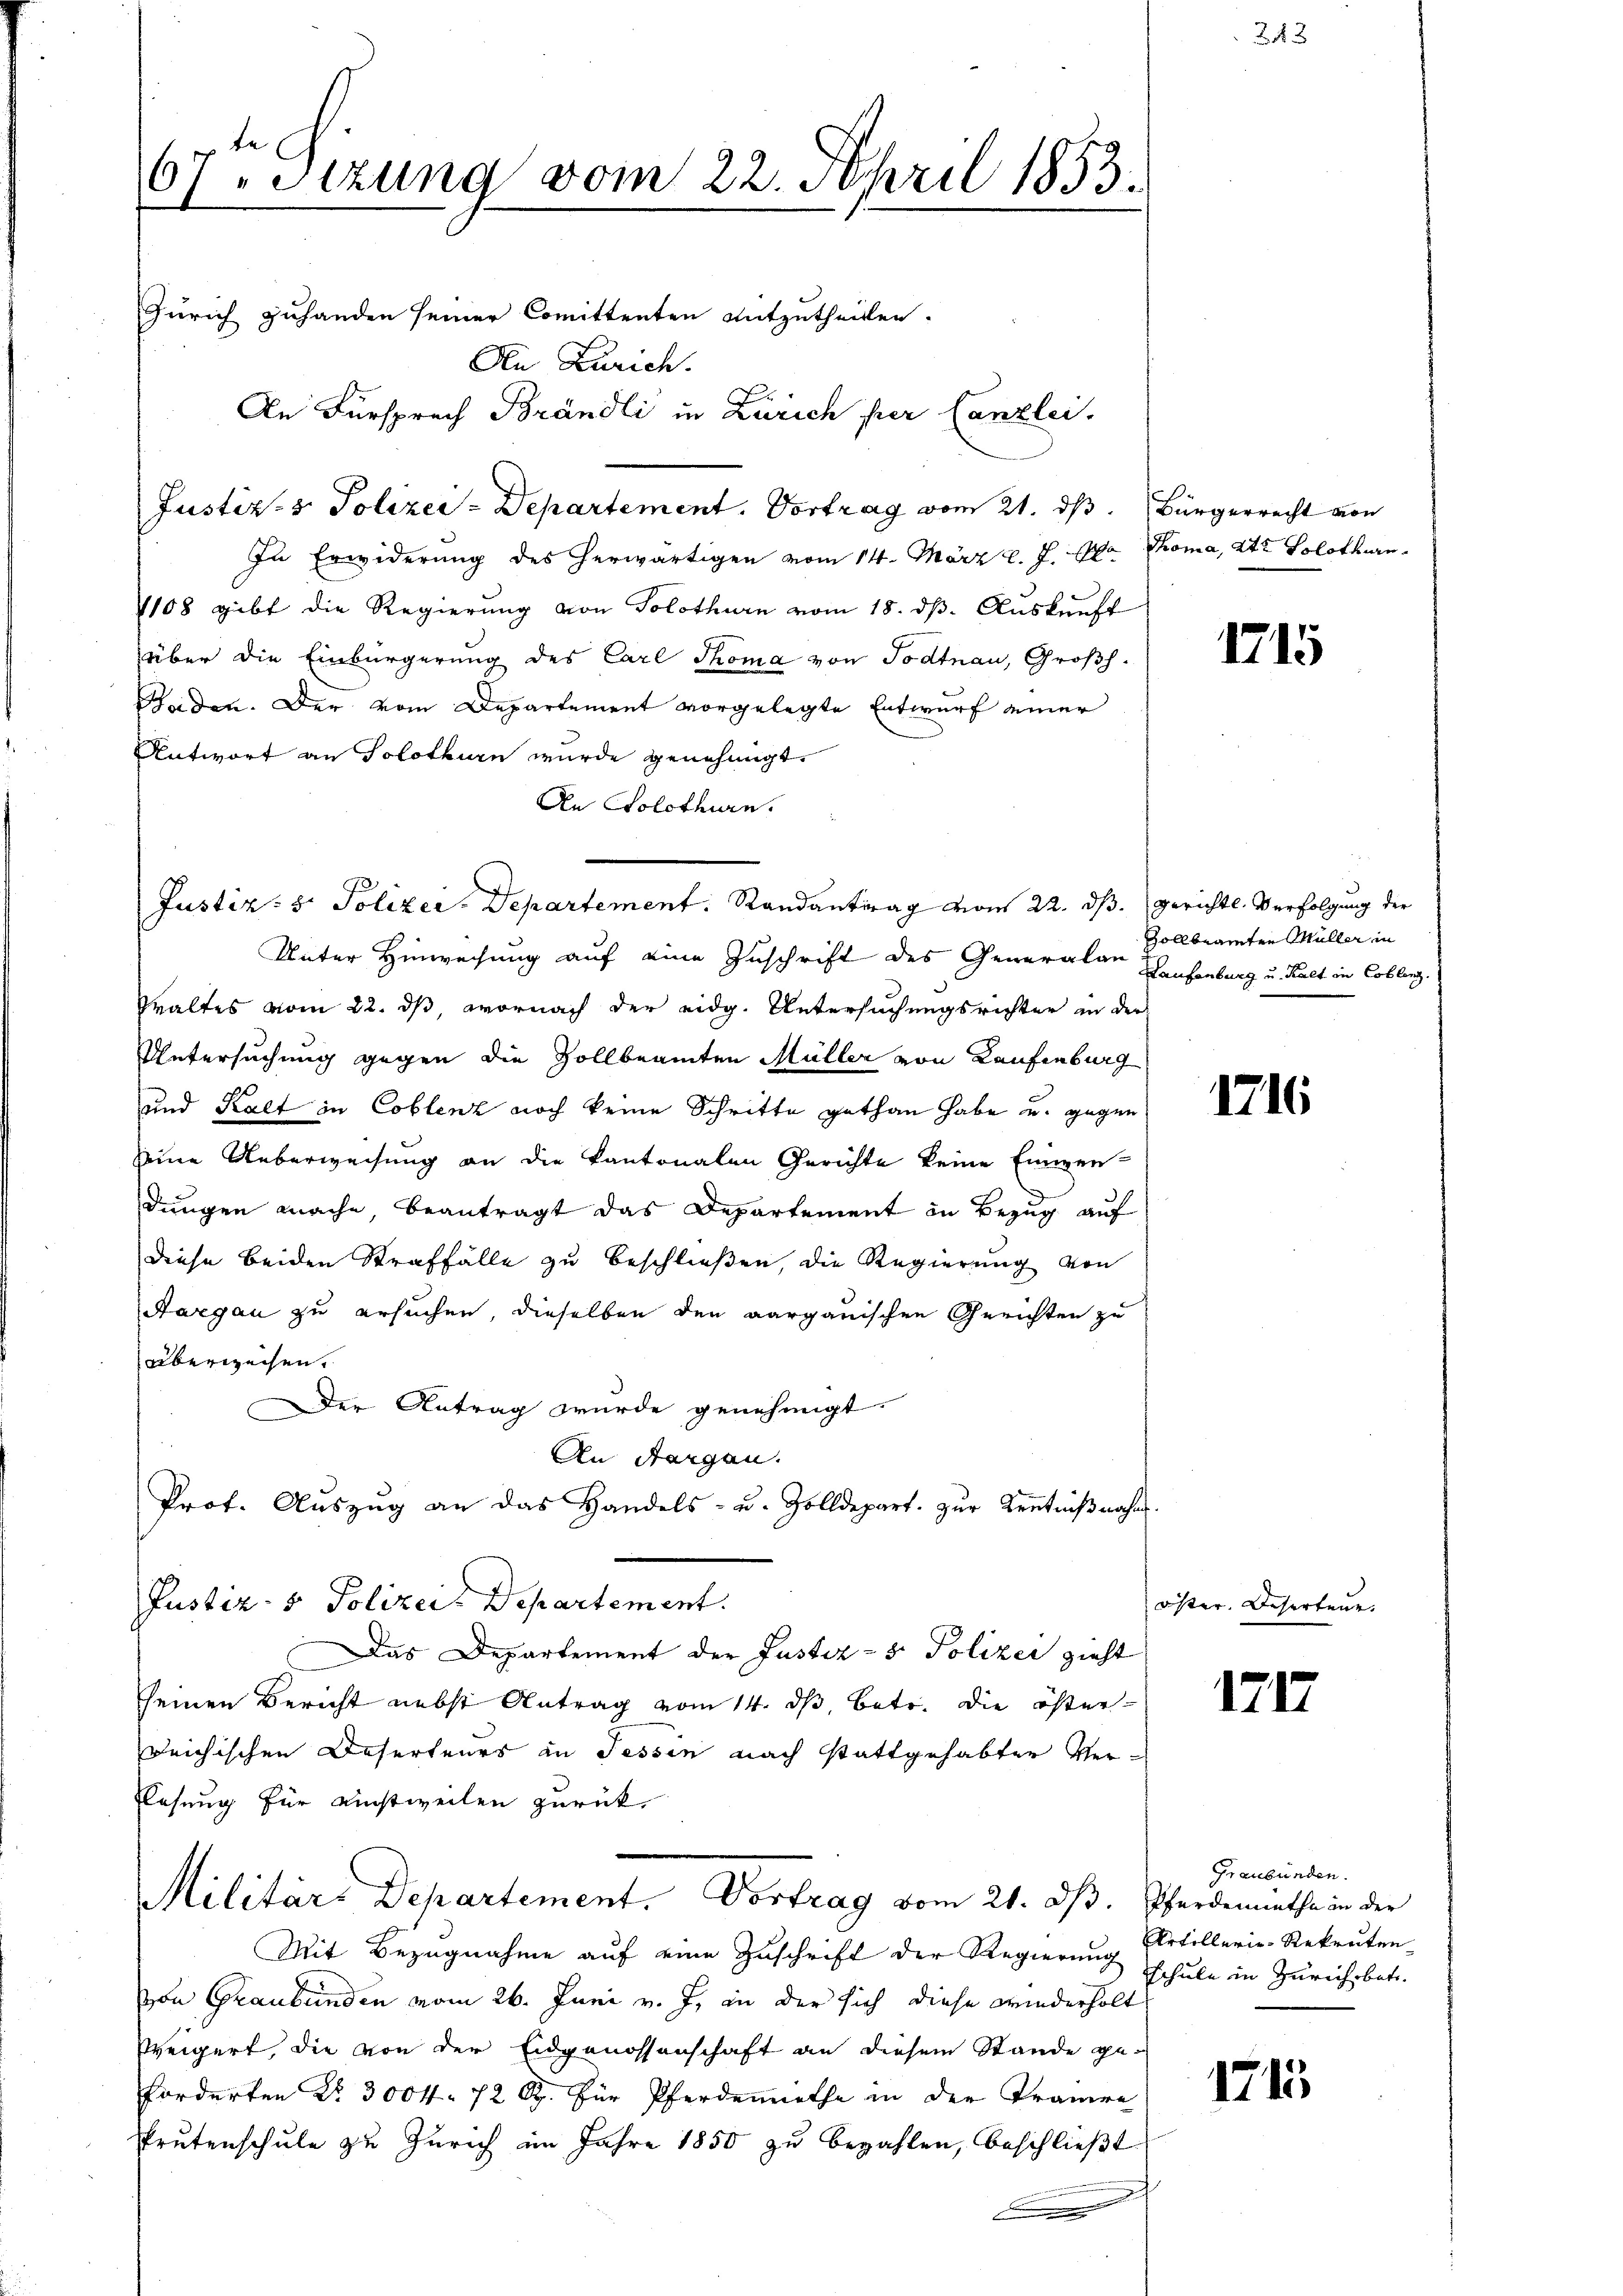
67. Sizung vom 22. April 1853.
Zürich zuhanden seiner Comittenten entzutheilten.
Den Zürich.
An Fürsprech Brändli in Zürich per Canzlei.

In Erwiderung des herwärtigen vom 14. März l. J. M. Thoma, 2te Solothurn
1108 gibt die Regierung von Solothurn vom 18. dβ. Auskunft
über die Einbürgerung des Carl Thoma von Todtnau, Großh.
Beiden. Der vom Departement vorgelegte Entwurf einer
Antwort an Solothurn wurde genehmigt.
An Solothurn.
Unter Hinweisung auf eine Zuschrift des Generalen Heisenburg u. Kalt in Coblenz.
Praltes vom 22. ds wornach der eidg. Untersuchungsrichter in der
Untersuchung gegen die Zollbeamten Müller von Kaufenburg
und Kalt in Coblenz noch keine Schritte gethan habe u. gegen
seine Ueberweisung an die Kantonalen Gerichte keine Einwen-
dungen mache, beantragt das Departement in Bezug auf
Diese beiden Straffälle zu beschließen, die Regierung von
Aargau zu ersuchen, dieselben den aargauischen Gerichten zu
überweisen.
Der Antrag wurde genehmigt.
An Sargau.
Prof. Auszug an das Handels- u. Zolldepart. zur Kenntnißnahm
Justiz- & Polizei Departement.
Das Departement der Justiz- & Polizei zieht
seinen Bericht nebst Antrag vom 14. ds, betr. die öster-
reichischen Deserteurs in Tessin nach stattgehabter Ver¬
Elesung für einstweilen zurück.
Militärs Departement. Vortrag vom 21. dβ.
Mit Bezugnahme auf eine Zuschrift der Regierung Elrtillerie-Rekruten-
von Graubünden vom 26. Juni v. J. in der sich diese wiederholt
Weigert, die von der Eidgenossenschaft an diesem Stande ge-
forderten No. 3004. 72 Rp. für Pferdenrathe in der Trauere
Prutenschule zu Zürich im Jahre 1850 zu bezahlen, beschließt
u

Justiz- & Polizei-Departement. Vortrag vom 21. ds.

Justiz- & Polizei-Departement. Randantrag vom 22. ds. gerichtl. Verfolgung der

Bürgerrecht von

1715

Zollbeamten Müller in

1716

öster. Deserten.

171

Graubünden.
Pferdemnathe in der
schule in Zürich betr.

1745